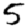
Digit: 5